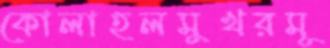
কোলাহলমুখরমূ